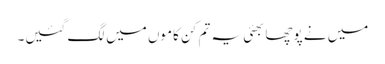
میں نے پوچھا بھئی یہ تم کن کاموں میں لگ گئیں۔